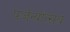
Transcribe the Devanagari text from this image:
पर्जन्योत्सव